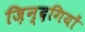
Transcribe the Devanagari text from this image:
ज़िन्दगियों